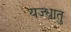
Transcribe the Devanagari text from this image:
यज्धातु